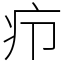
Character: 疖